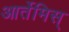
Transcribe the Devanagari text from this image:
आर्तेमिस्‌